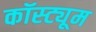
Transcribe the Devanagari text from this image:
कॉस्‍ट्यूम